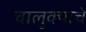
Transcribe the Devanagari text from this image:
चालुक्याचे